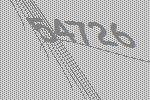
54726